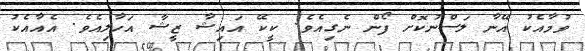
ވުމާއެކު އޭނާ ލަސްނުކޮށް ފޯން ނެގިއެވެ. ކީކޭ އައިޝާ ޒީޝާ އަހާލިއެވެ. އެއާއެކު